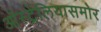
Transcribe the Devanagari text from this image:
ऑस्ट्रेलियासमोर